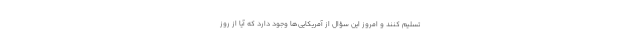
تسلیم کنند و امروز این سؤال از آمریکایی‌ها وجود دارد که آیا از روز